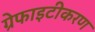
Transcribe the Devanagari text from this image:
ग्रेफाइटीकरण